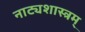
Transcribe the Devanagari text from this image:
नाट्यशास्त्रम्